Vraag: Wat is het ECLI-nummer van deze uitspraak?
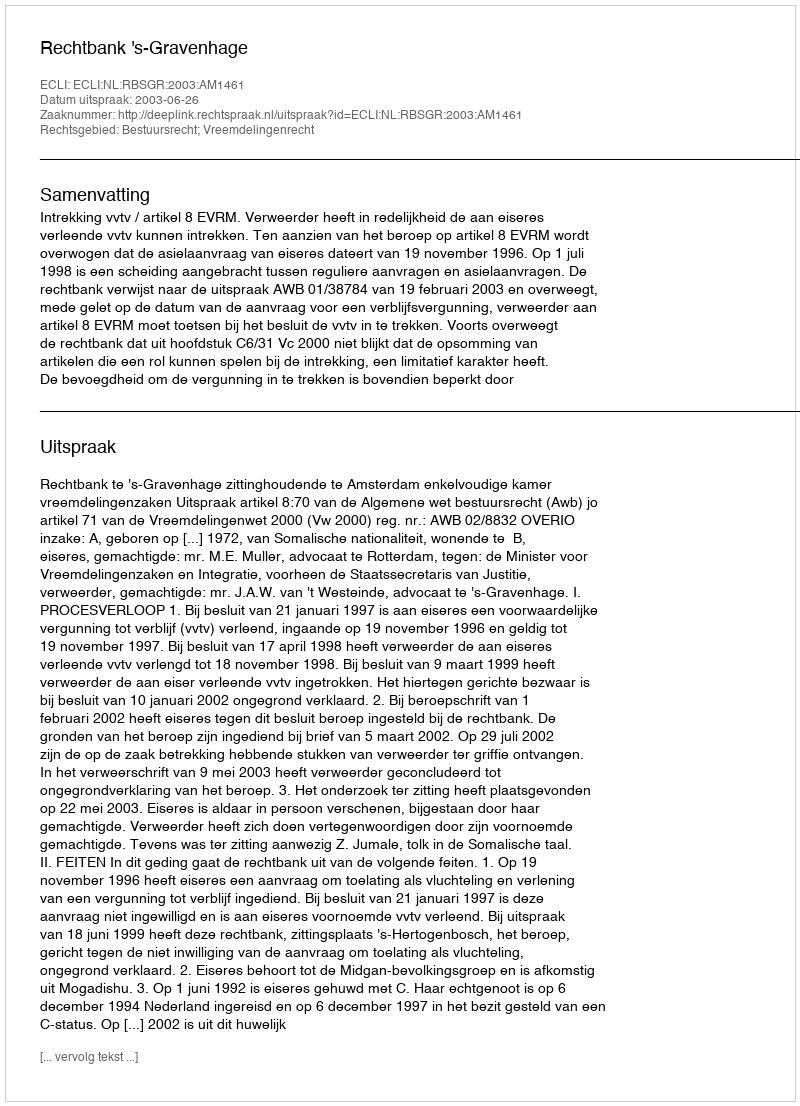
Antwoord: ECLI:NL:RBSGR:2003:AM1461